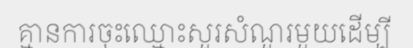
គ្មានការចុះឈ្មោះសួរសំណួរមួយដើម្បី